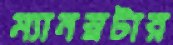
ম্যানস্লটার